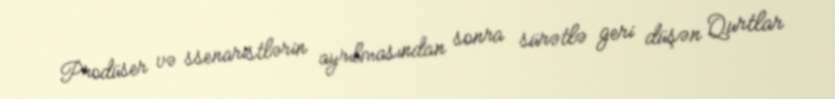
Prodüser və ssenaristlərin ayrılmasından sonra sürətlə geri düşən Qurtlar